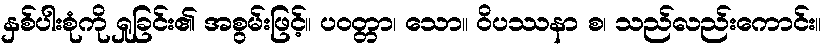
နှစ်ပါးစုံကို ရှုခြင်း၏ အစွမ်းဖြင့်။ ပဝတ္တာ၊ သော။ ဝိပဿနာ စ၊ သည်လည်းကောင်း။